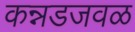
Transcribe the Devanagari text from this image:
कन्नडजवळ